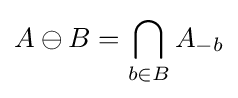
A\ominus B=\bigcap _{b\in B}A_{-b}